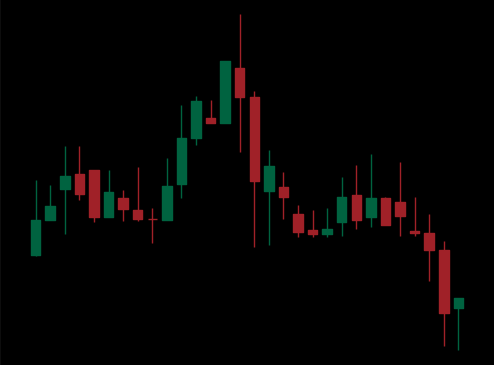
Pattern: head_shoulders